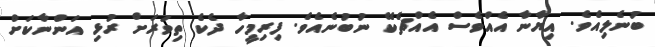
ބުނެލިއެވެ. އިޔާނާ އެއްވެސް އެއްޗެކޭ ނުބުނެއެވެ. ފިރިމީހާ ދެކެ ތިވަރަށް ރުޅި އަންނާކަށް